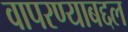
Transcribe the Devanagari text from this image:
वापरण्याबद्दल